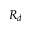
R _ { d }